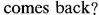
comes back?